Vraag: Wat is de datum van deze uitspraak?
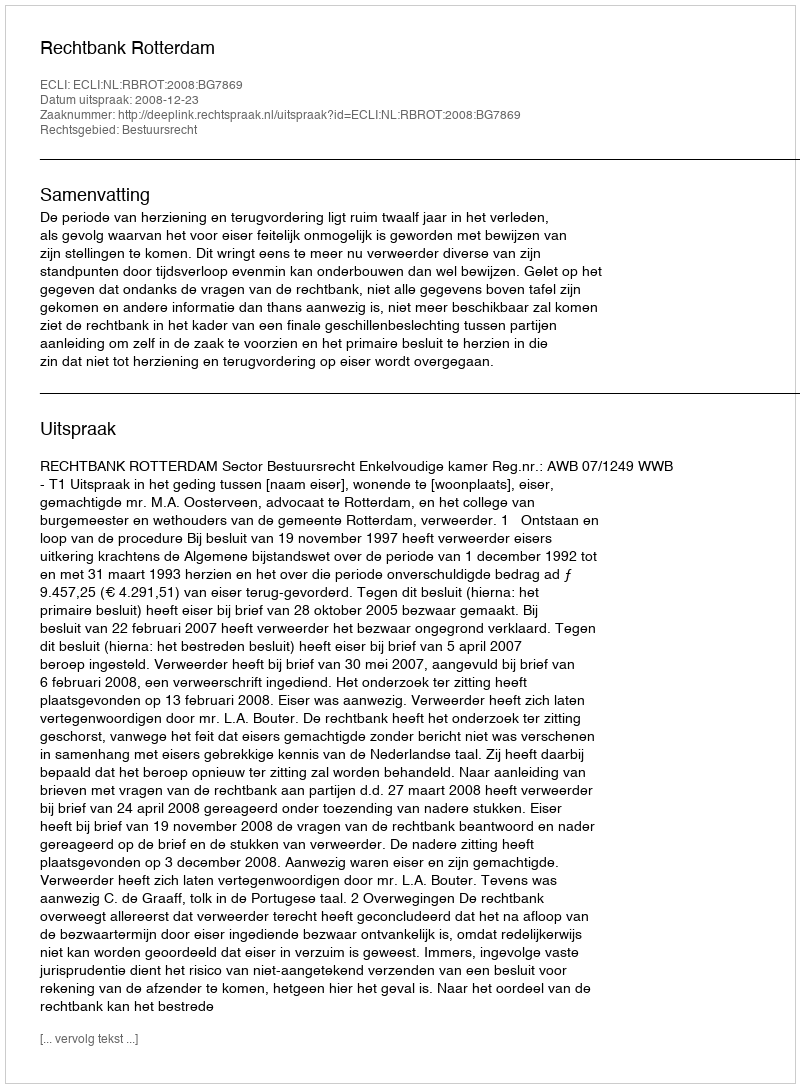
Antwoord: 2008-12-23